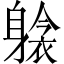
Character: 𲄫